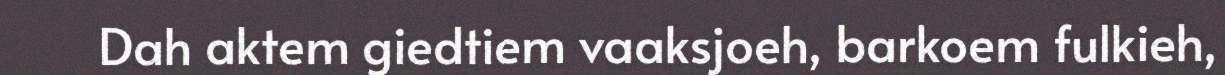
Dah aktem giedtiem vaaksjoeh, barkoem fulkieh,